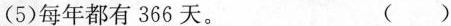
(5)每年都有366天。 ( )